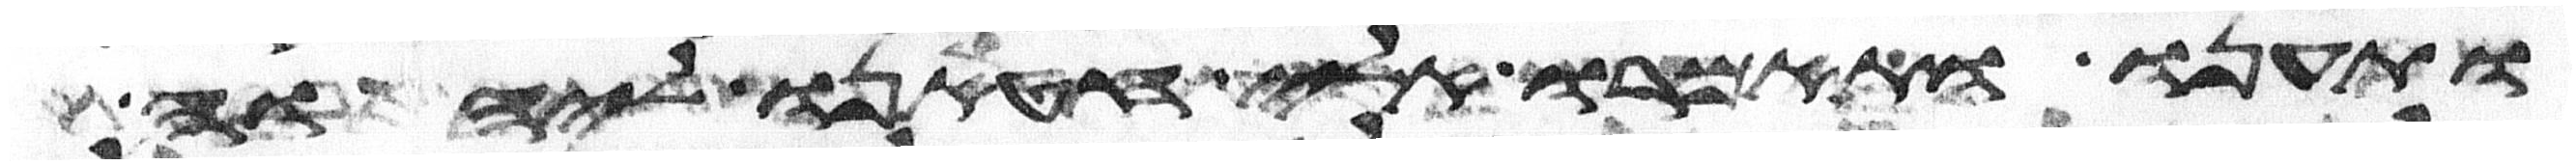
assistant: ותענו ותאמרו אלי חטאנו ליהוה